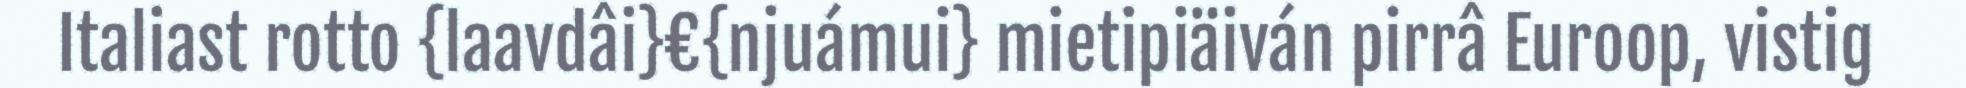
Italiast rotto {laavdâi}€{njuámui} mietipiäiván pirrâ Euroop, vistig